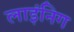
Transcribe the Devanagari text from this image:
लाइंनिग